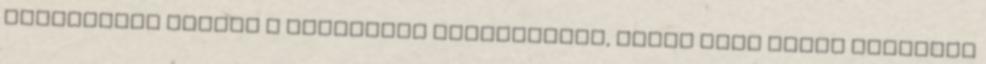
inzultálni kezdte a fesztivál résztvevőit, ezért azok végül átmentek